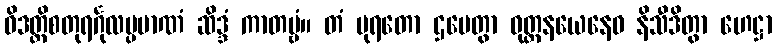
ဝိဒတ္ထိစတုရင်္ဂုလပ္ပမာဏံ ဆိဒ္ဒံ ကာတဗ္ဗံ။ တံ ပုရတော ဌပေတွာ ဝုတ္တနယေနေဝ နိသီဒိတွာ ဟေဋ္ဌာ